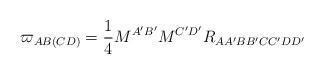
LaTeX: \begin{align*}\varpi _{AB(CD)}=\frac{1}{4}M^{A^{\prime }B^{\prime }}M^{C^{\prime}D^{\prime }}R_{AA^{\prime }BB^{\prime }CC^{\prime }DD^{\prime }}\end{align*}